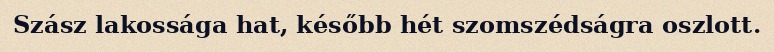
Szász lakossága hat, később hét szomszédságra oszlott.